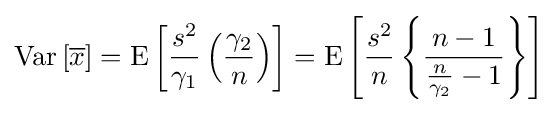
{\rm {Var}}\left[{\overline {x}}\right]={\rm {E}}\left[{\frac {s^{2}}{\gamma _{1}}}\left({\frac {\gamma _{2}}{n}}\right)\right]={\rm {E}}\left[{\frac {s^{2}}{n}}\left\{{\frac {n-1}{{\frac {n}{\gamma _{2}}}-1}}\right\}\right]